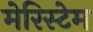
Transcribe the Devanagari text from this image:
मेरिस्टेम